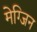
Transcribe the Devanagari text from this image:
मेग्जिन